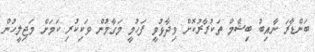
ބަންޑާރަ ނާއިބު ބިޝާމް ތަކުރާރުކޮށް ވިދާޅުވީ ފަހުމީ މަގާމުން ވަކިކުރި ކަމަށް މަޖިލީހުން